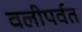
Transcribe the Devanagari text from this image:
वलीपर्वत